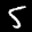
Label: 5